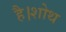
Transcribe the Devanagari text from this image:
है।शोथ